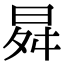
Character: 曻